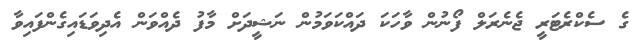
ގެ ސެކްރެޓަރީ ޖެނެރަލް ފޯނުން ވާހަކަ ދައްކަވަމުން ނަޝީދަށް މާފު ދެއްވަން އެދިވަޑައިގެންފައިވާ